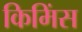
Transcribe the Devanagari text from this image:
किमिंस